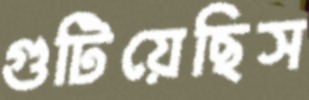
গুটিয়েছিস